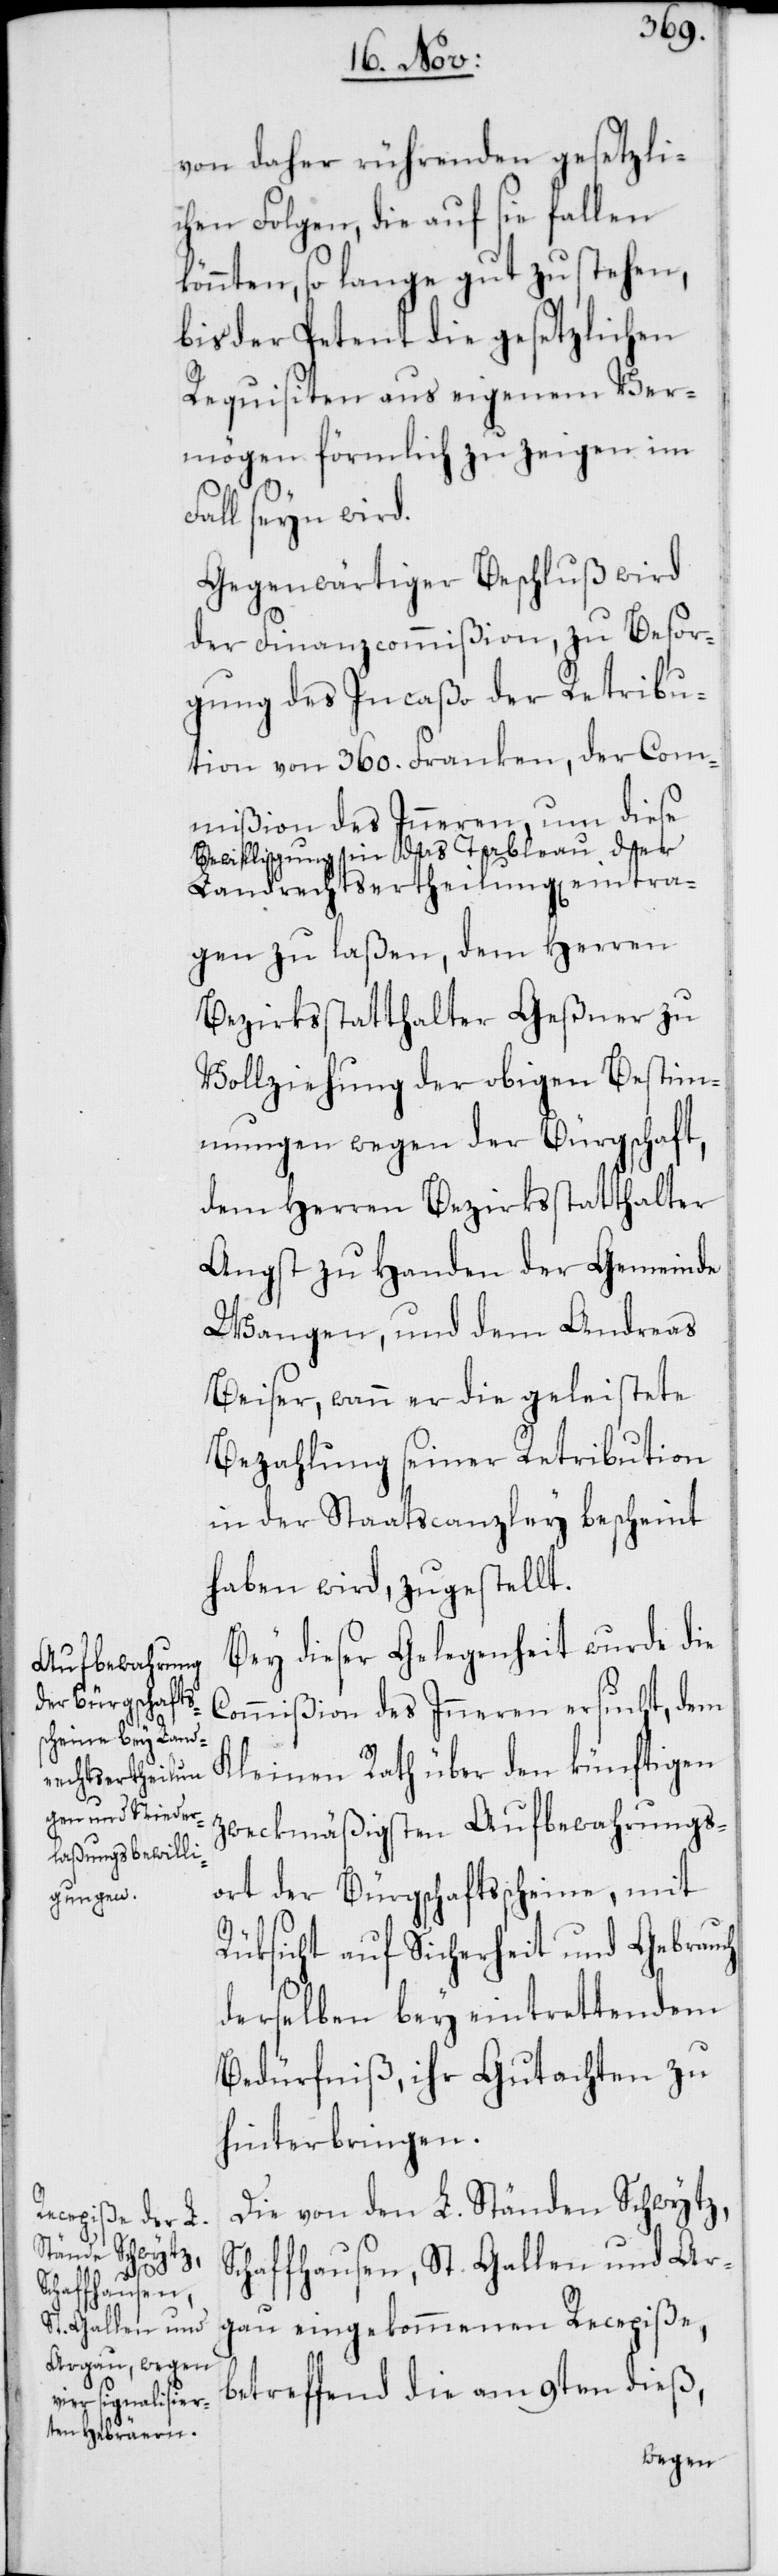
von daher rührenden gesetzli¬
chen Folgen, die auf sie fallen
könnten, so lange gut zu stehen,
bis der Petent die gesetzlichen
Requisiten aus eigenem Ver¬
mögen förmlich zu zeigen im
Fall seyn wird.
Gegenwärtiger Beschluß wird
der Finanzcommißion, zu Besor¬
gung des Incaßo der Retribu¬
tion von 360. Franken, der Com¬
mißion des Inneren, um diese
Bewilligung in das Tableau der
Landrechtsertheilung[en] eintra¬
gen zu laßen, dem Herren
Bezirksstatthalter Geßner zu
Vollziehung der obigen Bestim¬
mungen wegen der Bürgschaft,
dem Herren Bezirksstatthalter
Angst zu Handen der Gemeinde
Wangen, und dem Andreas
Beiser, wann er die geleistete
Bezahlung seiner Retribution
in der Staatscanzley bescheint
haben wird, zugestellt.
Bey dieser Gelegenheit wurde die
Commißion des Inneren ersucht, dem
Kleinen Rath über den künftigen
zweckmäßigsten Aufbewahrungs¬
ort der Bürgschaftsscheine, mit
Rüksicht auf Sicherheit und Gebrauch
derselben bey eintrettendem
Bedürfniß, ihr Gutachten zu
hinterbringen.
Die von den L. Ständen Schwytz,
Schaffhausen, St. Gallen und Ar¬
gau eingekommenen Recepiße,
betreffend die am 9ten dieß,